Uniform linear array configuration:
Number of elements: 32
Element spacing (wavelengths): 0.25
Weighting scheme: binomial
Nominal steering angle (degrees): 45
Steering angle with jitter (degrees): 45.792
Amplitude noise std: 0.05
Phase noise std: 0.05

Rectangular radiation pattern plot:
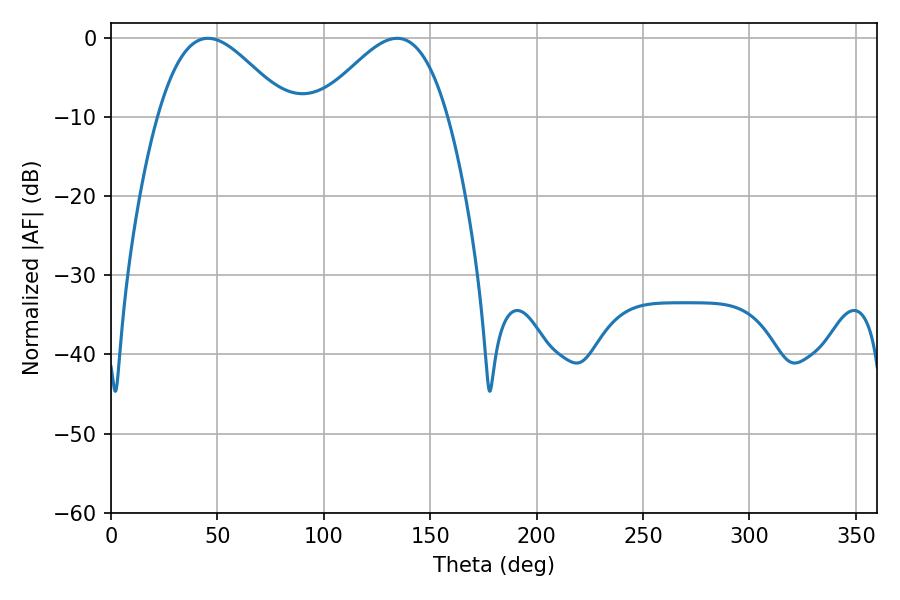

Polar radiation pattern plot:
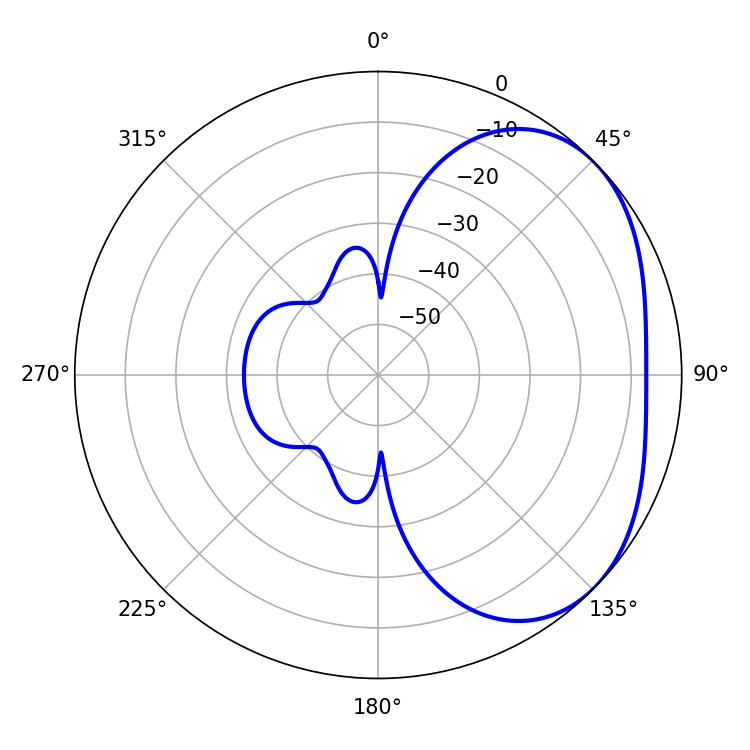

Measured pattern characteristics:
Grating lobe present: FALSE
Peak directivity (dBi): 3.158
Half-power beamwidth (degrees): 32.76
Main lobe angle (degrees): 45.54